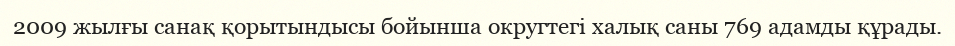
2009 жылғы санақ қорытындысы бойынша округтегі халық саны 769 адамды құрады.